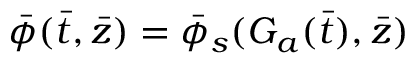
\bar { \phi } ( \bar { t } , \bar { z } ) = \bar { \phi } _ { s } ( G _ { a } ( \bar { t } ) , \bar { z } )